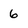
Character: 6